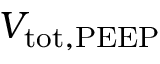
V _ { \mathrm { t o t , P E E P } }